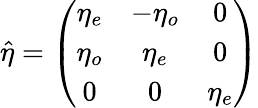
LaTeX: \hat{\eta}=\left(\begin{array}{ccc}{\eta_{e}}&{-\eta_{o}}&{0}\\ {\eta_{o}}&{\eta_{e}}&{0}\\ {0}&{0}&{\eta_{e}}\end{array}\right)